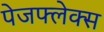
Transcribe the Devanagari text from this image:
पेजफ्लेक्स